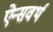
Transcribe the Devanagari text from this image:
ऐन्सवर्थ